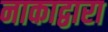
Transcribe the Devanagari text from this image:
नाकाद्वारा